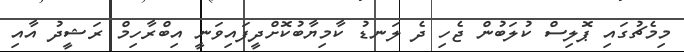
މިމެޗުގައި ޕޮލިސް ކުލަބުން ޖެހި ދެ ލަނޑު ކާމިޔާބުކޮށްދީފައިވަނީ އިބްރާހިމް ރަޝީދު އާއި